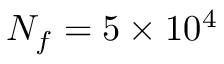
N _ { f } = 5 \times 1 0 ^ { 4 }